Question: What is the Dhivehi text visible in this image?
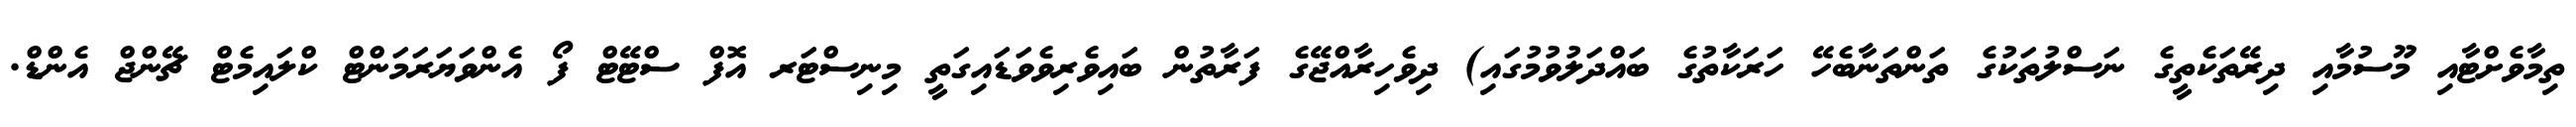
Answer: ތިމާވެށްޓާއި މޫސުމާއި ދިރޭތަކެތީގެ ނަސްލުތަކުގެ ތަންތަނާބެހޭ ހަރަކާތުގެ ބައްދަލުވުމުގައި) ދިވެހިރާއްޖޭގެ ފަރާތުން ބައިވެރިވެވަޑައިގަތީ މިނިސްޓަރ އޮފް ސްޓޭޓް ފޯ އެންވަޔަރަމަންޓް ކްލައިމެޓް ޗޭންޖް އެންޑް.